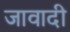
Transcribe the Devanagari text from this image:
जावादी